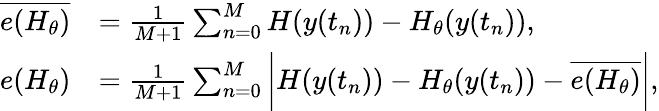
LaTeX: \begin{array}{rl}{\overline{{e(H_{\theta})}}}&{=\frac{1}{M+1}\sum_{n=0}^{M}H(y(t_{n}))-H_{\theta}(y(t_{n})),}\\ {e(H_{\theta})}&{=\frac{1}{M+1}\sum_{n=0}^{M}\bigg|H(y(t_{n}))-H_{\theta}(y(t_{n}))-\overline{{e(H_{\theta})}}\bigg|,}\end{array}